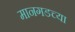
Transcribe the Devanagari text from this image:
मानगडच्या